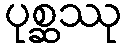
ပုစ္ဆဿု